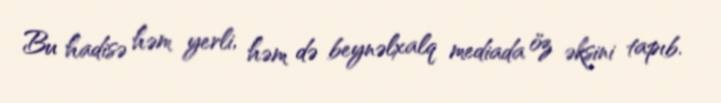
Bu hadisə həm yerli, həm də beynəlxalq mediada öz əksini tapıb.